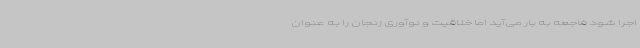
اجرا شود فاجعه به بار می‌آید اما خلاقیت و نوآوری زنجان را به عنوان